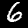
Label: 6